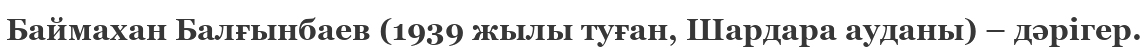
Баймахан Балғынбаев (1939 жылы туған, Шардара ауданы) – дәрігер.